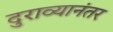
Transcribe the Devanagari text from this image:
दुराव्यानंतर